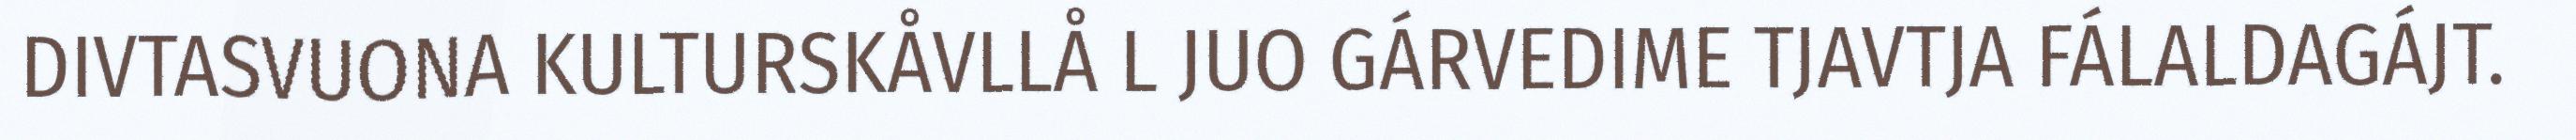
DIVTASVUONA KULTURSKÅVLLÅ L JUO GÁRVEDIME TJAVTJA FÁLALDAGÁJT.